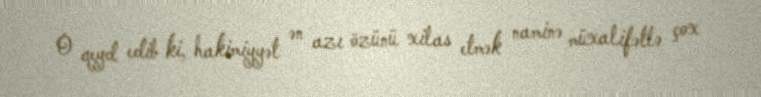
O qeyd edib ki, hakimiyyət ən azı özünü xilas etmək naminə müxalifətlə çox